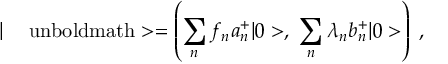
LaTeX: | \mathrm { \boldmath ~ \Psi ~ \ u n b o l d m a t h } > = \left( \sum _ { n } f _ { n } a _ { n } ^ { + } | 0 > , \; \sum _ { n } \lambda _ { n } b _ { n } ^ { + } | 0 > \right) \; ,